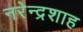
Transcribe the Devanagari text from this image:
नरेन्द्रशाह